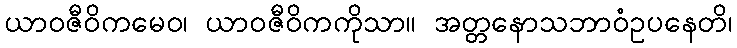
ယာဝဇီဝိကမေဝ၊ ယာဝဇီဝိကကိုသာ။ အတ္တနောသဘာဝံဥပနေတိ၊